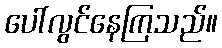
ပေါ်လွင်နေကြသည်။